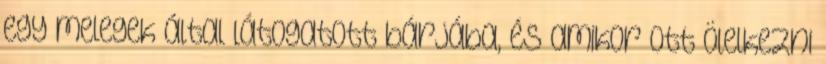
egy melegek által látogatott bárjába, és amikor ott ölelkezni